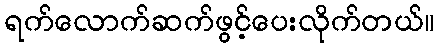
ရက်လောက်ဆက်ဖွင့်ပေးလိုက်တယ်။